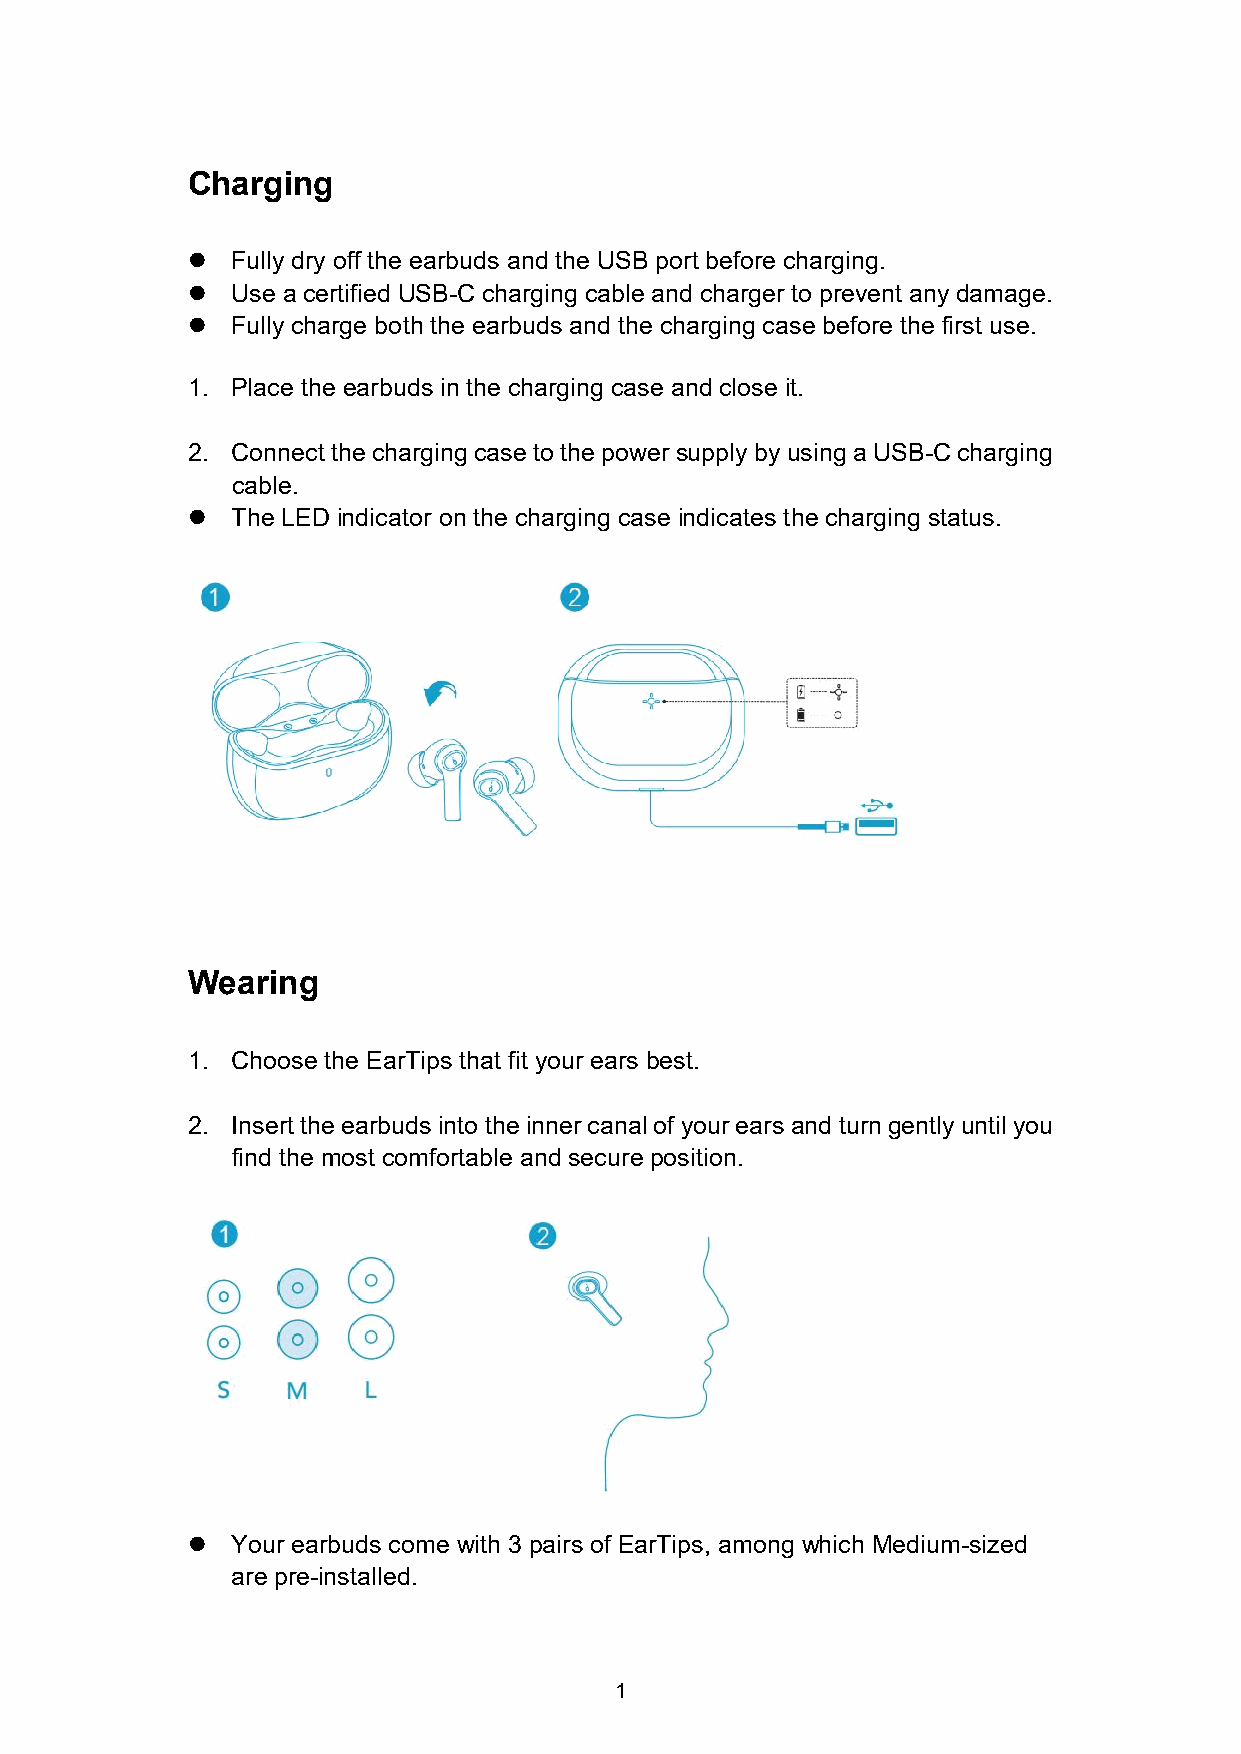
Charging
   Fully dry off the earbuds and the USB port before charging.
   Use a certified USB-C charging cable and charger to prevent any damage.
   Fully charge both the earbuds and the charging case before the first use.
 1. Place the earbuds in the charging case and close it.
 2. Connectthecharging caseto the powersupply by usinga USB-Ccharging
 cable.
   The LED indicator on the charging case indicates the charging status.
 Wearing
 1. Choose the EarTips that fit your ears best.
 2. Inserttheearbudsinto theinnercanalof yourears and turngently until you
 find the most comfortable and secure position.
   Your earbuds come with 3 pairs of EarTips, among which Medium-sized
 are pre-installed.
 1